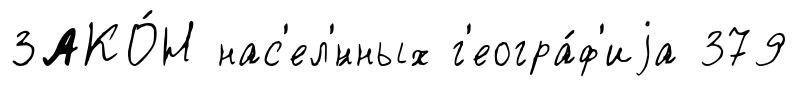
ЗАКО́Н нас'ел'́нных г'еогра́ф'иjа 379